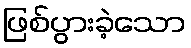
ဖြစ်ပွားခဲ့သော